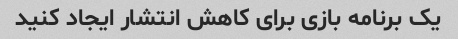
یک برنامه بازی برای کاهش انتشار ایجاد کنید